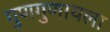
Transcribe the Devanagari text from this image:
गुणगुणायला